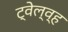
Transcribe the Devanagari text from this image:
ट्वेल्व्ह